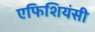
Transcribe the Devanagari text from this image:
एफिशियंसी